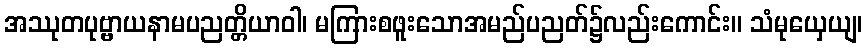
အဿုတပုဗ္ဗာယနာမပညတ္တိယာဝါ၊ မကြားစဖူးသောအမည်ပညတ်၌လည်းကောင်း။ သံမုယှေယျ၊